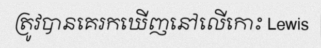
ត្រូវបានគេរកឃើញនៅលើកោះ Lewis